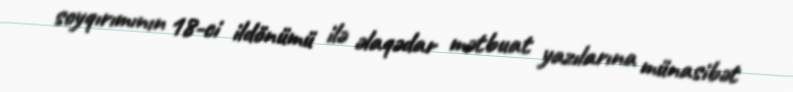
soyqırımının 18-ci ildönümü ilə əlaqədar mətbuat yazılarına münasibət